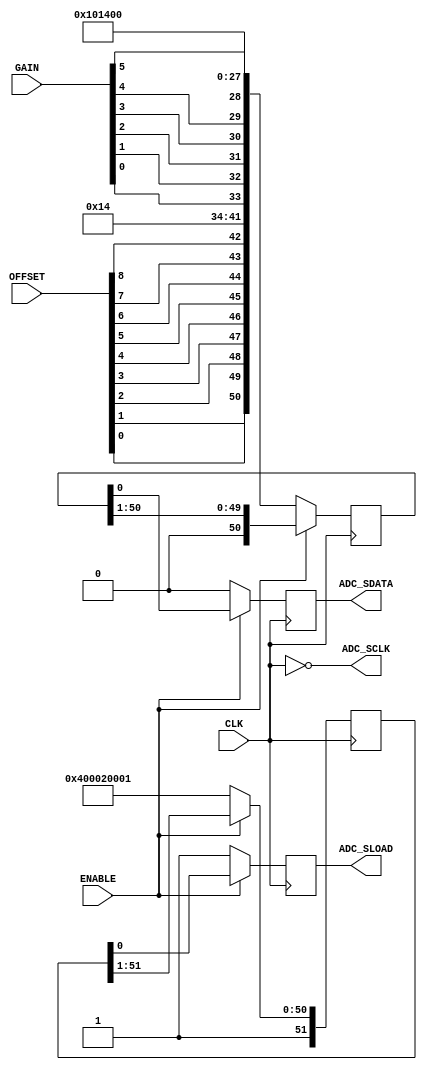
`timescale 1ms / 1ns
module adc_spi (
    input wire CLK,
    input wire ENABLE,
    input wire [5:0] GAIN,
    input wire [8:0] OFFSET,
    output reg  ADC_SLOAD,
    output wire ADC_SCLK,
    output reg  ADC_SDATA
);

reg [51:0] load;
reg [51:0] data;

always @ (posedge CLK)
begin
    if(ENABLE == 1'b0) 
    begin	
        ADC_SLOAD <= 1'b1;
        ADC_SDATA <= 1'b0;
        load <= {52'b1000000000000000010000000000000000100000000000000001};
        data <= {1'b0, OFFSET[0], OFFSET[1], OFFSET[2], OFFSET[3], OFFSET[4], OFFSET[5], OFFSET[6], OFFSET[7], OFFSET[8], 8'b00010100, GAIN[0], GAIN[1], GAIN[2], GAIN[3], GAIN[4], GAIN[5], 28'b0000000100000001010000000000};
    end else begin
        ADC_SLOAD <= load[0];
        ADC_SDATA <= data[0];
        load <= {1'b1, load[51:1]};
        data <= {1'b0, data[51:1]};
	end
end

assign ADC_SCLK = ~CLK;

initial
begin
    ADC_SLOAD <= 1'b1;
    ADC_SDATA <= 1'b0;
    load <= 52'b1111111111111111111111111111111111111111111111111111;
    data <= 52'b0;
end


endmodule


/*


reg [51:0] load;
reg [51:0] data;
reg [5:0] p;

always @ (posedge CLK)
begin
    if(ENABLE == 1'b0) 
    begin	
        p <= 0; 
        ADC_SLOAD <= 1'b1;
        ADC_SDATA <= 1'b0;
        load <= {52'b1000000000000000010000000000000000100000000000000001};
        data <= {1'b0, OFFSET[0], OFFSET[1], OFFSET[2], OFFSET[3], OFFSET[4], OFFSET[5], OFFSET[6], OFFSET[7], OFFSET[8], 8'b00010100, GAIN[0], GAIN[1], GAIN[2], GAIN[3], GAIN[4], GAIN[5], 28'b0000000100000001010000000000};
    end else begin
        ADC_SLOAD <= load[p];
        ADC_SDATA <= data[p];
        p <= (p == 51) ? 51 : p + 1;
	end
end

assign ADC_SCLK = ~CLK;

initial
begin
    p <= 0;
    ADC_SLOAD <= 1'b1;
    ADC_SDATA <= 1'b0;
    load <= 0;
    data <= 0;
end


*/